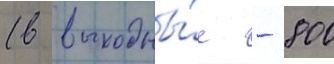
(в выходны́е - 800